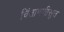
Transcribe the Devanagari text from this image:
चिंतामणीसुत